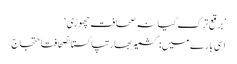
’برقع ترک کیا نہ صحافت چھوڑی‘
اسی بارے میں: کشمیربھارتپاکستانصحافتاحتجاج